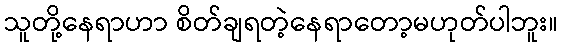
သူတို့နေရာဟာ စိတ်ချရတဲ့နေရာတော့မဟုတ်ပါဘူး။